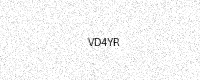
Text: VD4YR